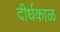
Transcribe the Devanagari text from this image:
दीर्धकाळ